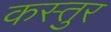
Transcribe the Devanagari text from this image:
कस्तुर